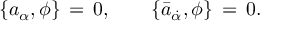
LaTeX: \{ a _ { \alpha } , \phi \} \, = \, 0 , \qquad \{ \bar { a } _ { \dot { \alpha } } , \phi \} \, = \, 0 .